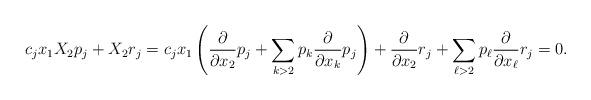
LaTeX: \begin{align*}c_jx_1X_2p_{j} + X_2 r_j = c_jx_1\left( \frac{\partial}{\partial{x_2}}p_{j} + \sum_{k>2}p_{k}\frac{\partial}{\partial{x_k}}p_{j} \right)+\frac{\partial}{\partial{x_2}}r_j+ \sum_{\ell>2}p_{\ell}\frac{\partial}{\partial{x_\ell}}r_j=0.\end{align*}